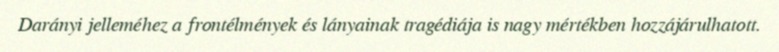
Darányi jelleméhez a frontélmények és lányainak tragédiája is nagy mértékben hozzájárulhatott.